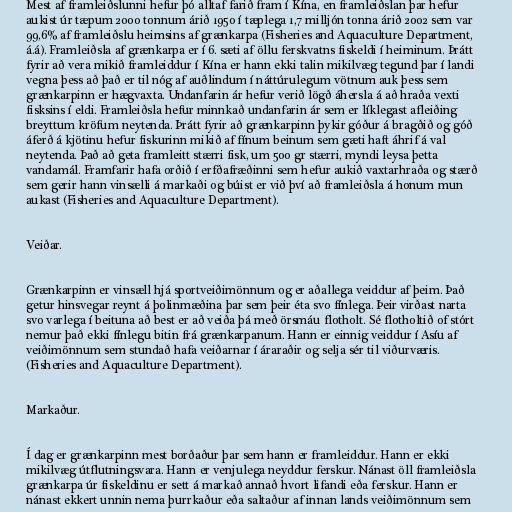
Mest af framleiðslunni hefur þó alltaf farið fram í Kína, en framleiðslan þar hefur
aukist úr tæpum 2000 tonnum árið 1950 í tæplega 1,7 milljón tonna árið 2002 sem var
99,6% af framleiðslu heimsins af grænkarpa (Fisheries and Aquaculture Department,
á.á). Framleiðsla af grænkarpa er í 6. sæti af öllu ferskvatns fiskeldi í heiminum. Þrátt
fyrir að vera mikið framleiddur í Kína er hann ekki talin mikilvæg tegund þar í landi
vegna þess að það er til nóg af auðlindum í náttúrulegum vötnum auk þess sem
grænkarpinn er hægvaxta. Undanfarin ár hefur verið lögð áhersla á að hraða vexti
fisksins í eldi. Framleiðsla hefur minnkað undanfarin ár sem er líklegast afleiðing
breyttum kröfum neytenda. Þrátt fyrir að grænkarpinn þykir góður á bragðið og góð
áferð á kjötinu hefur fiskurinn mikið af fínum beinum sem gæti haft áhrif á val
neytenda. Það að geta framleitt stærri fisk, um 500 gr stærri, myndi leysa þetta
vandamál. Framfarir hafa orðið í erfðafræðinni sem hefur aukið vaxtarhraða og stærð
sem gerir hann vinsælli á markaði og búist er við því að framleiðsla á honum mun
aukast (Fisheries and Aquaculture Department).

Veiðar.

Grænkarpinn er vinsæll hjá sportveiðimönnum og er aðallega veiddur af þeim. Það
getur hinsvegar reynt á þolinmæðina þar sem þeir éta svo fínlega. Þeir virðast narta
svo varlega í beituna að best er að veiða þá með örsmáu flotholt. Sé flotholtið of stórt
nemur það ekki fínlegu bitin frá grænkarpanum. Hann er einnig veiddur í Asíu af
veiðimönnum sem stundað hafa veiðarnar í áraraðir og selja sér til viðurværis.
(Fisheries and Aquaculture Department).

Markaður.

Í dag er grænkarpinn mest borðaður þar sem hann er framleiddur. Hann er ekki
mikilvæg útflutningsvara. Hann er venjulega neyddur ferskur. Nánast öll framleiðsla
grænkarpa úr fiskeldinu er sett á markað annað hvort lifandi eða ferskur. Hann er
nánast ekkert unnin nema þurrkaður eða saltaður af innan lands veiðimönnum sem